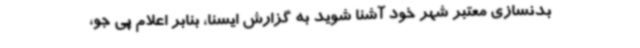
بدنسازی معتبر شهر خود آشنا شوید به گزارش ایسنا، بنابر اعلام پی جو،